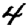
Digit: 4